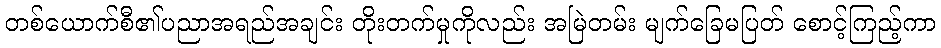
တစ်ယောက်စီ၏ပညာအရည်အချင်း တိုးတက်မှုကိုလည်း အမြဲတမ်း မျက်ခြေမပြတ် စောင့်ကြည့်ကာ